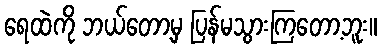
ရေထဲကို ဘယ်တော့မှ ပြန်မသွားကြတော့ဘူး။